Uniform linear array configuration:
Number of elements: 24
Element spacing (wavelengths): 1
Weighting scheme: hamming
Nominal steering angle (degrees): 45
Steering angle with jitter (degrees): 46.366
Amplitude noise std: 0.05
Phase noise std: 0.05

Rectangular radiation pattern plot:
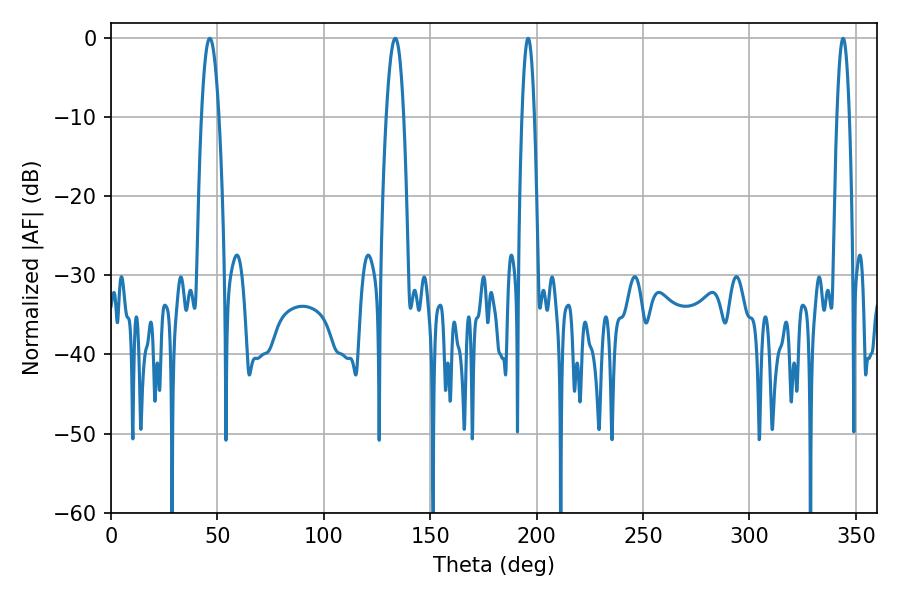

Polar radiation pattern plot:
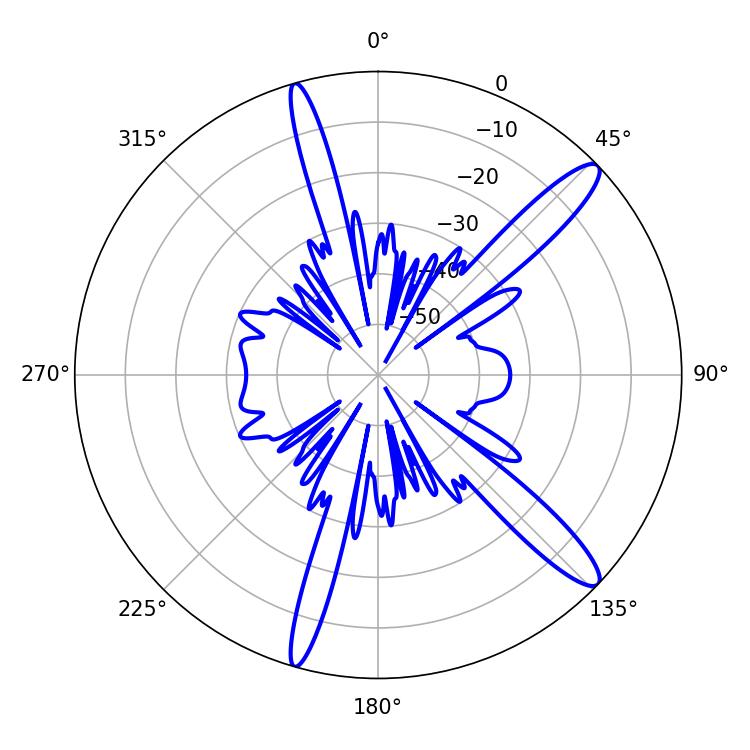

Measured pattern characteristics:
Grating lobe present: TRUE
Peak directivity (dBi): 13.461
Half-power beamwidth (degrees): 4.5
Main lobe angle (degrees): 46.44